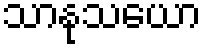
သာနုသယော